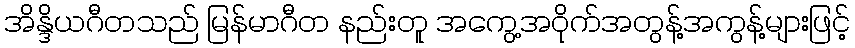
အိန္ဒိယဂီတသည် မြန်မာဂီတ နည်းတူ အကွေ့အဝိုက်အတွန့်အကွန့်များဖြင့်